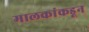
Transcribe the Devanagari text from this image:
मालकांकडून